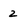
Character: 2